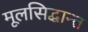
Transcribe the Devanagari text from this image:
मूलसिद्धान्त